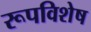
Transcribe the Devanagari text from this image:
रूपविशेष